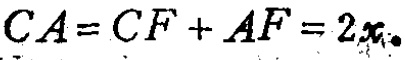
\(CA = CF + AF = 2x_{0}\)